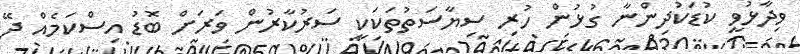
ވިދާޅުވީ ކުުޑަކުދިންނާ ގުޅުން ހުރި ސިޔާސަތުތަކަކީ ސަރުކާރުން ވަރަށް ބޮޑު އިސްކަމެއް ދޭ